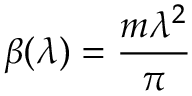
\beta ( \lambda ) = \frac { m \lambda ^ { 2 } } { \pi }